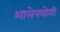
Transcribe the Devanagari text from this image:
शालेपयोगी